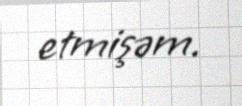
etmişəm.